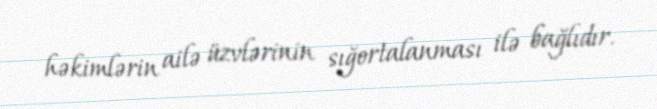
həkimlərin ailə üzvlərinin sığortalanması ilə bağlıdır.